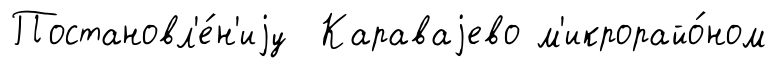
Постановл'е́н'иjу Караваjево м'икрорайо́ном